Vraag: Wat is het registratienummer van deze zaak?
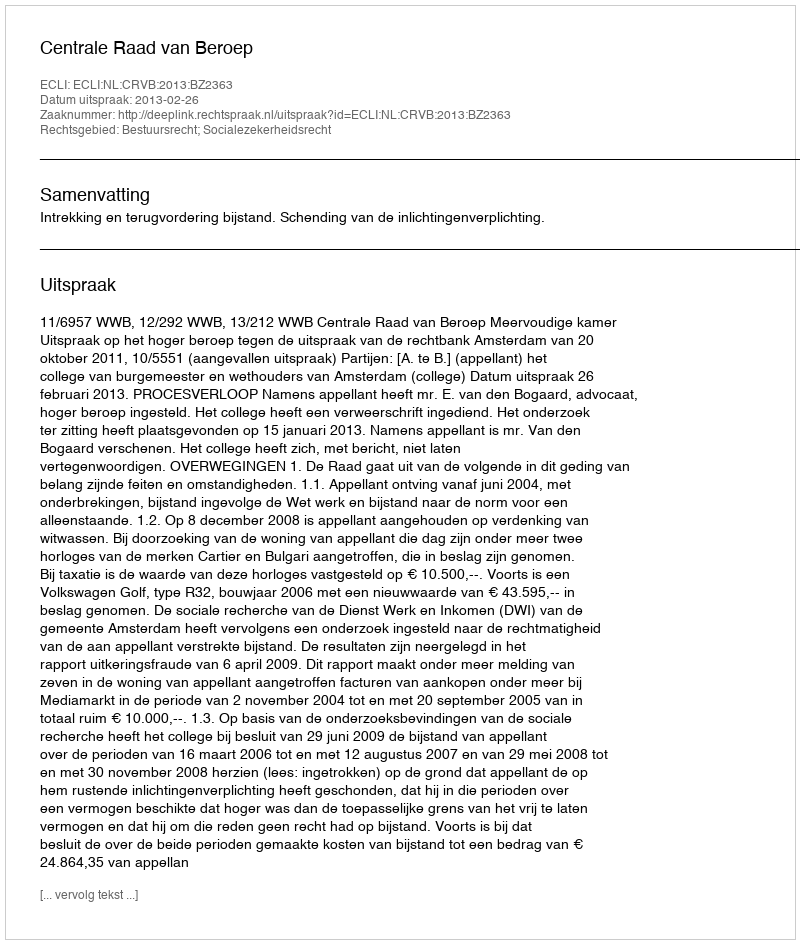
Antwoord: http://deeplink.rechtspraak.nl/uitspraak?id=ECLI:NL:CRVB:2013:BZ2363